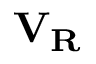
\mathbf { V _ { R } }